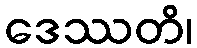
ဒေဿတိ၊